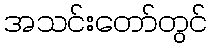
အသင်းတော်တွင်